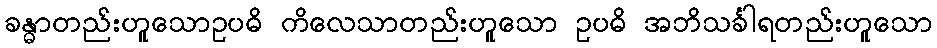
ခန္ဓာတည်းဟူသောဥပဓိ ကိလေသာတည်းဟူသော ဥပဓိ အဘိသင်္ခါရတည်းဟူသော